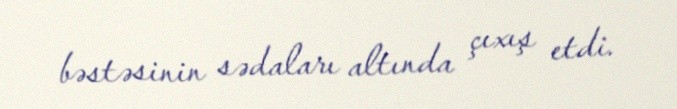
bəstəsinin sədaları altında çıxış etdi.